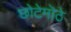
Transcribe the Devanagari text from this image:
छोटेमॊठे